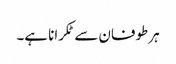
ہر طوفان سے ٹکرانا ہے۔